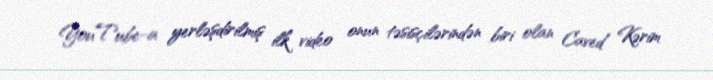
YouTube-a yerləşdirilmiş ilk video onun təsisçilərindən biri olan Caved Kərim